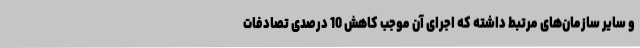
و سایر سازمان‌های مرتبط داشته که اجرای آن موجب کاهش 10 درصدی تصادفات